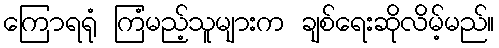
ကြောရရုံ ကြံမည့်သူများက ချစ်ရေးဆိုလိမ့်မည်။